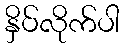
နှိပ်လိုက်ပါ